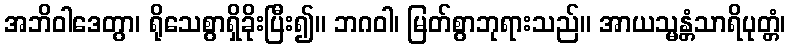
အဘိဝါဒေတွာ၊ ရိုသေစွာရှိခိုးပြီး၍။ ဘဂဝါ၊ မြတ်စွာဘုရားသည်။ အာယသ္မန္တံသာရိပုတ္တံ၊